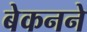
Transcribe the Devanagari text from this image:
बेकनने